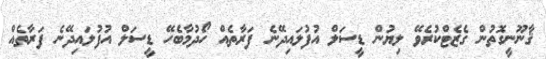
ޤާނޫނީގޮތުން ގެޒެޓްކުރެވޭ ލިޔުން ޑީސަލް އުފުލައިދޭނެ ފަރާތެއް ހޯދުމާބެހޭ ޑީސަލް އުފުލައިދޭނެ ފަރާތެއް